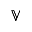
\mathbb { V }